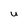
Character: u